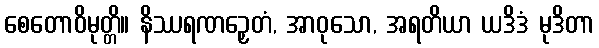
စေတောဝိမုတ္တိ။ နိဿရဏဉှေတံ, အာဝုသော, အရတိယာ ယဒိဒံ မုဒိတာ